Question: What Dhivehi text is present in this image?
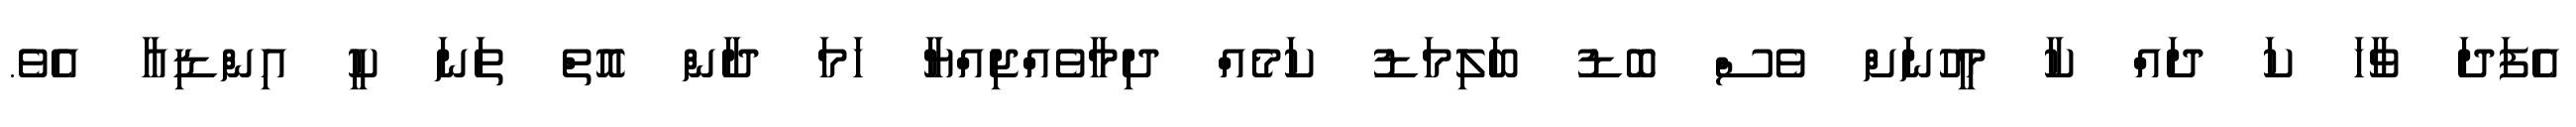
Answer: އެފަދަ ވާހަ ކަ ދައް ކާ މީހުނަށް ވެސް ބޮޑު ބަލިމަޑު ކަމެއް ދިމާވެއްޖިއްޔާ ހަމަ ދާން އޮތް ތަނަ ކީ އިންޑިއާ އެވެ.